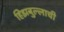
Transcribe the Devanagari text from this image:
हिझबुल्लाची